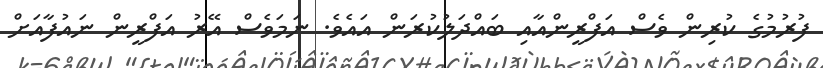
ފުރުމުގެ ކުރިން ވެސް އަފްރީންއާއި ބައްދަލުކުރަން އައެވެ. ނަމަވެސް އޭރު އަފްރީން ނައުފާއަށް